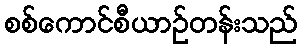
စစ်ကောင်စီယာဉ်တန်းသည်